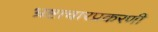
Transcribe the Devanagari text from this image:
भ्रष्टाचारप्रकरणी